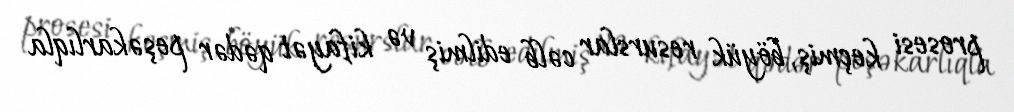
prosesi keçmiş, böyük resurslar cəlb edilmiş və kifayət qədər peşəkarlıqla